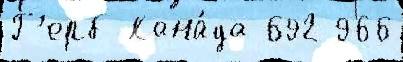
Г'ерб Кана́да 692 966